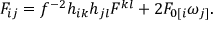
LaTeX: F _ { i j } = f ^ { - 2 } h _ { i k } h _ { j l } F ^ { k l } + 2 F _ { 0 [ i } \omega _ { j ] } .